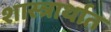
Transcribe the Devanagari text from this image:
शास्त्रार्थात